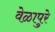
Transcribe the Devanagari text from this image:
वेळापुरे